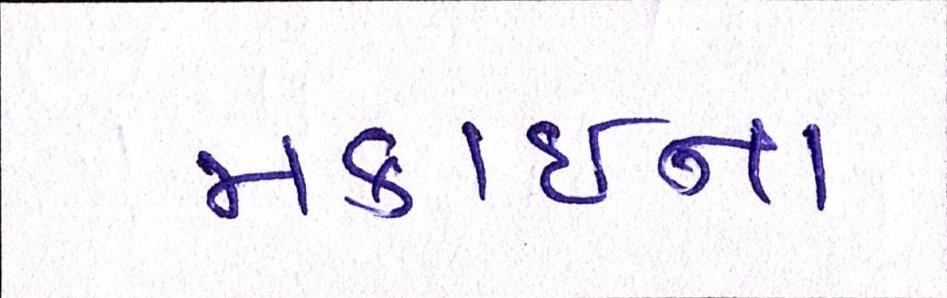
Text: મકાઈના